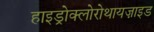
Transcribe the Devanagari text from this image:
हाइड्रोक्लोरोथायज़ाइड